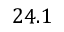
2 4 . 1